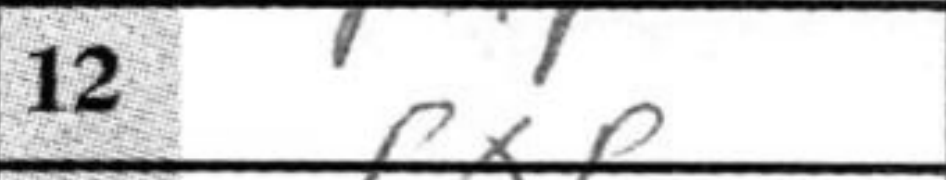
Transcription: PxP